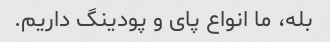
بله، ما انواع پای و پودینگ داریم.